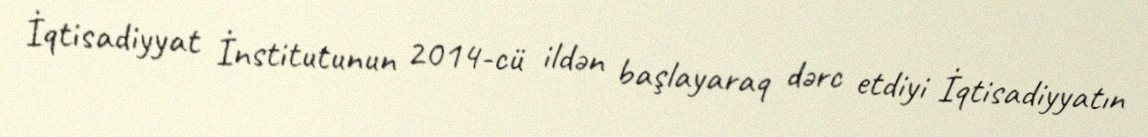
İqtisadiyyat İnstitutunun 2014-cü ildən başlayaraq dərc etdiyi İqtisadiyyatın